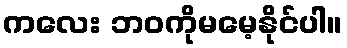
ကလေး ဘဝကိုမမေ့နိုင်ပါ။